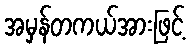
အမှန်တကယ်အားဖြင့်